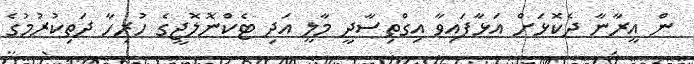
ން އީރާނާ ދެކޮޅަށް އަޅާފައިވާ އިގްތިސާދީ މާލީ އަދި ޓެކްނޮލޮޖީގެ ހުރިހާ ދަތިކުރުމުގެ